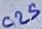
Text: C25